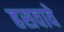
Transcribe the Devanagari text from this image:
हसवावे